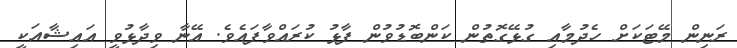
ރަނިން މޭޓަކަށް ހެދުމާާއި ގުޅޭގޮތުން ކަންބޮޑުވުން ފާޅު ކުރައްވާފައެވެ. އޭނާ ވިދާޅުވީ އައިޝާއަކީ